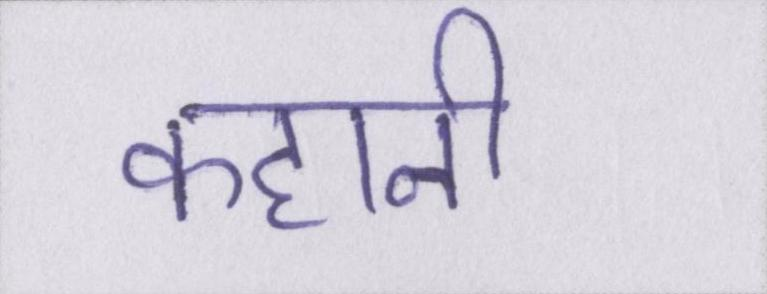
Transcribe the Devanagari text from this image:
कहानी